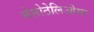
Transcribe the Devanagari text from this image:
मेसोठेलिओमा